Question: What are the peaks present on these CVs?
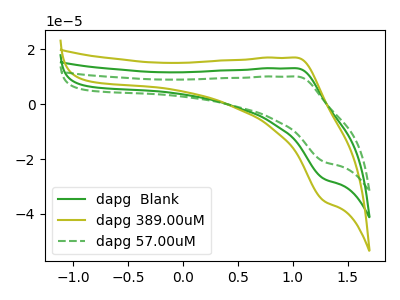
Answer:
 <answer>The green curve "dapg  Blank" has an anodic peak at (1.05V, 13.10uA) and a cathodic peak at (1.30V, -27.20uA). The olive curve "dapg 389.00uM" has an anodic peak at (1.05V, 26.20uA) and a cathodic peak at (1.30V, -54.45uA). The green dashed curve "dapg 57.00uM" has an anodic peak at (1.05V, 10.10uA) and a cathodic peak at (1.30V, -21.00uA).</answer>
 <eval></eval>